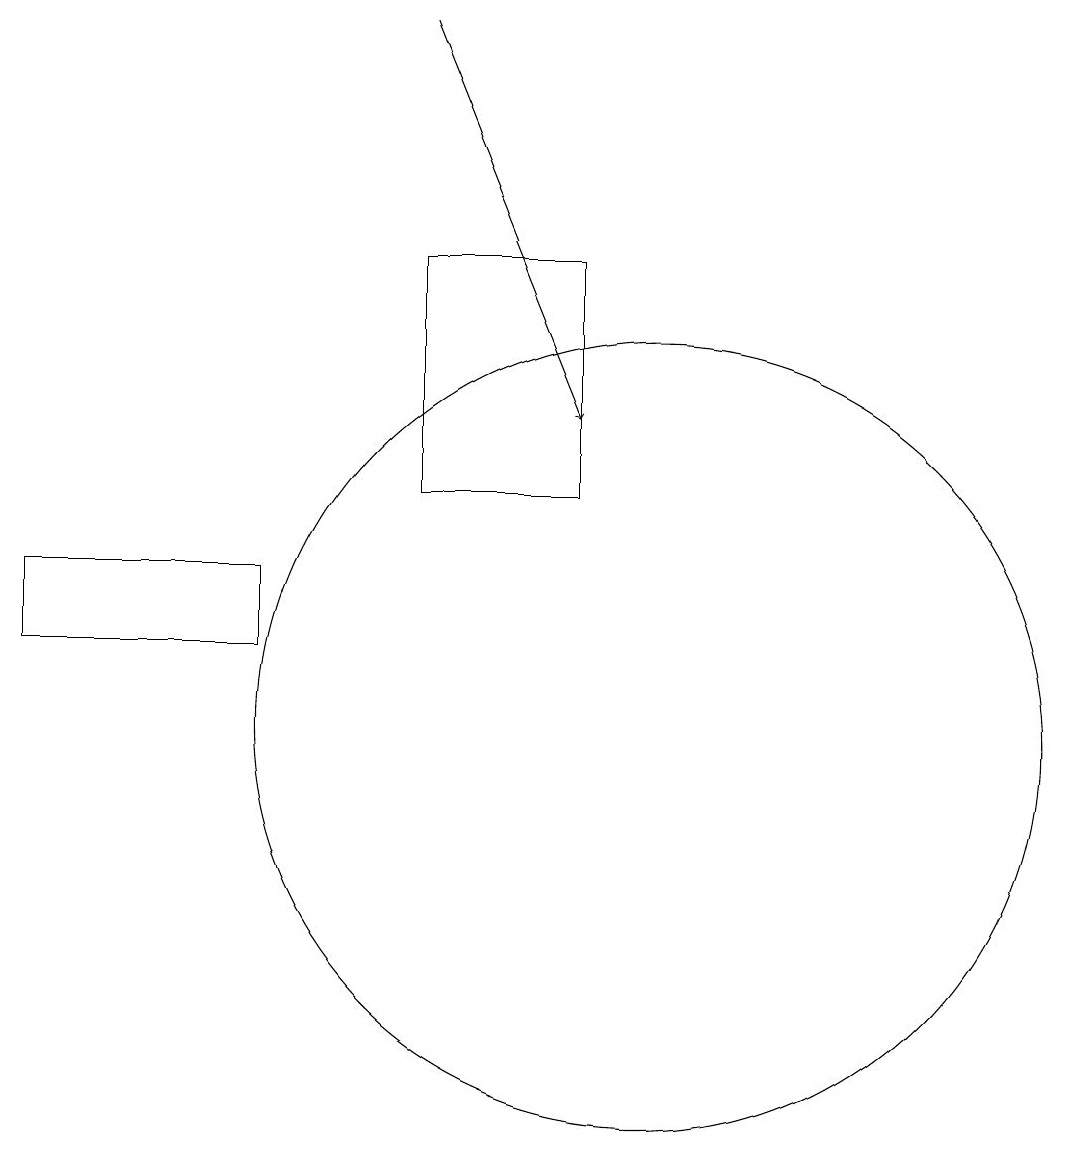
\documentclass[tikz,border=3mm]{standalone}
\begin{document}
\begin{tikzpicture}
\draw (7,13) rectangle (9,16);
\draw[->] (7,19) -- (9,14);
\draw (10,10) circle (5);
\draw (5,11) rectangle (2,12);
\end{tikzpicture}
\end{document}